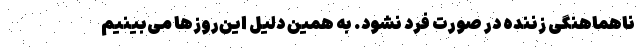
ناهماهنگی زننده در صورت فرد نشود. به همین دلیل این‌روزها می‌بینیم